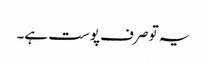
یہ تو صرف پوست ہے۔